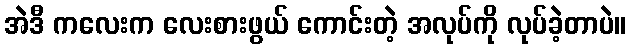
အဲဒီ ကလေးက လေးစားဖွယ် ကောင်းတဲ့ အလုပ်ကို လုပ်ခဲ့တာပဲ။